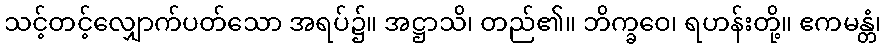
သင့်တင့်လျှောက်ပတ်သော အရပ်၌။ အဋ္ဌာသိ၊ တည်၏။ ဘိက္ခဝေ၊ ရဟန်းတို့။ ဧကမန္တံ၊